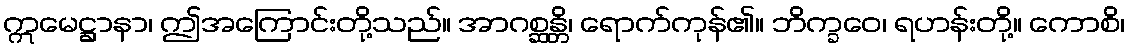
ဣမေဋ္ဌာနာ၊ ဤအကြောင်းတို့သည်။ အာဂစ္ဆန္တိ၊ ရောက်ကုန်၏။ ဘိက္ခဝေ၊ ရဟန်းတို့။ ကောစိ၊